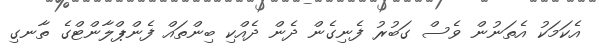
އެކަމަކު އެތަނުން ވެސް ގަބުރު ފެނިގެން ދެން ދެއްކި ބިންތައް ފެންޕްލާންޓްގެ ތާނގި